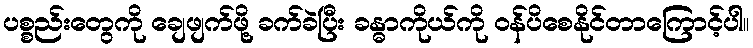
ပစ္စည်းတွေကို ချေဖျက်ဖို့ ခက်ခဲပြီး ခန္ဓာကိုယ်ကို ဝန်ပိစေနိုင်တာကြောင့်ပါ။